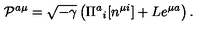
{ \cal P } ^ { a \mu } = \sqrt { - \gamma } \left( \Pi ^ { a } { } _ { i } [ n ^ { \mu i } ] + L e ^ { \mu a } \right) .